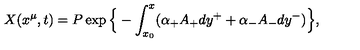
X ( x ^ { \mu } , t ) = P \exp \Big \{ - \int _ { x _ { 0 } } ^ { x } ( \alpha _ { + } A _ { + } d y ^ { + } + \alpha _ { - } A _ { - } d y ^ { - } ) \Big \} ,